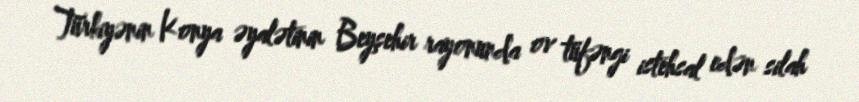
Türkiyənin Konya əyalətinin Beyşehir rayonunda ov tüfəngi istehsal edən silah